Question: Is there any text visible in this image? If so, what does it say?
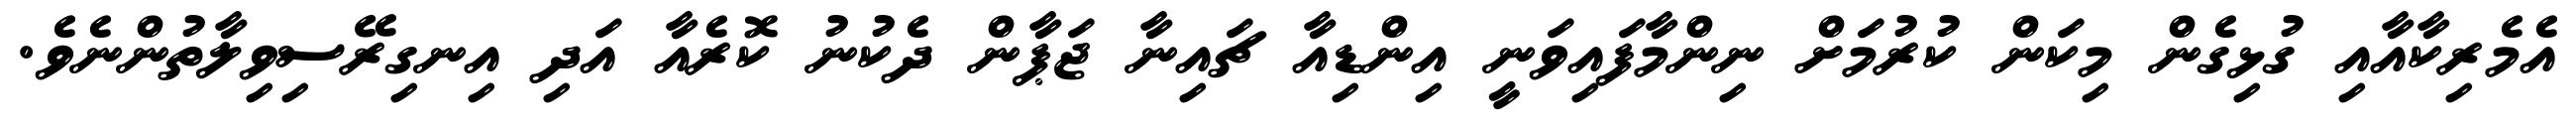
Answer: އެމެރިކާއާއި ގުޅިގެން މިކަން ކުރުމަށް ނިންމާފައިވަނީ އިންޑިއާ ޗައިނާ ޖަޕާން ދެކުނު ކޮރެއާ އަދި އިނގިރޭސިވިލާތުންނެވެ.